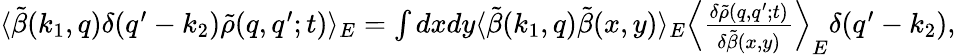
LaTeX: \begin{array}{r}{\langle\tilde{\beta}(k_{1},q)\delta(q^{\prime}-k_{2})\tilde{\rho}(q,q^{\prime};t)\rangle_{E}=\int dxdy\langle\tilde{\beta}(k_{1},q)\tilde{\beta}(x,y)\rangle_{E}\left\langle\frac{\delta\tilde{\rho}(q,q^{\prime};t)}{\delta\tilde{\beta}(x,y)}\right\rangle_{E}\delta(q^{\prime}-k_{2}),}\end{array}